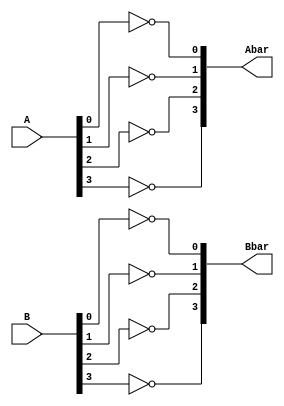
`timescale 1ns / 1ps
//////////////////////////////////////////////////////////////////////////////////
// Company: 
// Engineer: 
// 
// Design Name: 
// Module Name:    notgate 
// Project Name: 
// Target Devices: 
// Tool versions: 
// Description: 
//
// Dependencies: 
//
// Revision: 
// Revision 0.01 - File Created
// Additional Comments: 
//
//////////////////////////////////////////////////////////////////////////////////
module notgate(A,B,Abar,Bbar);
input		[3:0]A;
input		[3:0]B;
output	[3:0]Abar;
output	[3:0]Bbar;
	
	not	(Abar[0],A[0]);
	not	(Abar[1],A[1]);
	not	(Abar[2],A[2]);
	not	(Abar[3],A[3]);
	
	not	(Bbar[0],B[0]);
	not	(Bbar[1],B[1]);
	not	(Bbar[2],B[2]);
	not	(Bbar[3],B[3]);	
	
endmodule